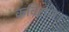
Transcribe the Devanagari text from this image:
कविराज।